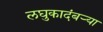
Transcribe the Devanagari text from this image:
लघुकादंबर्‍या